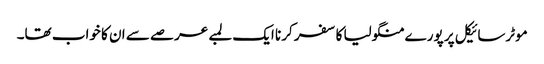
موٹرسائیکل پر پورے منگولیا کا سفر کرنا ایک لمبے عرصے سے ان کا خواب تھا۔